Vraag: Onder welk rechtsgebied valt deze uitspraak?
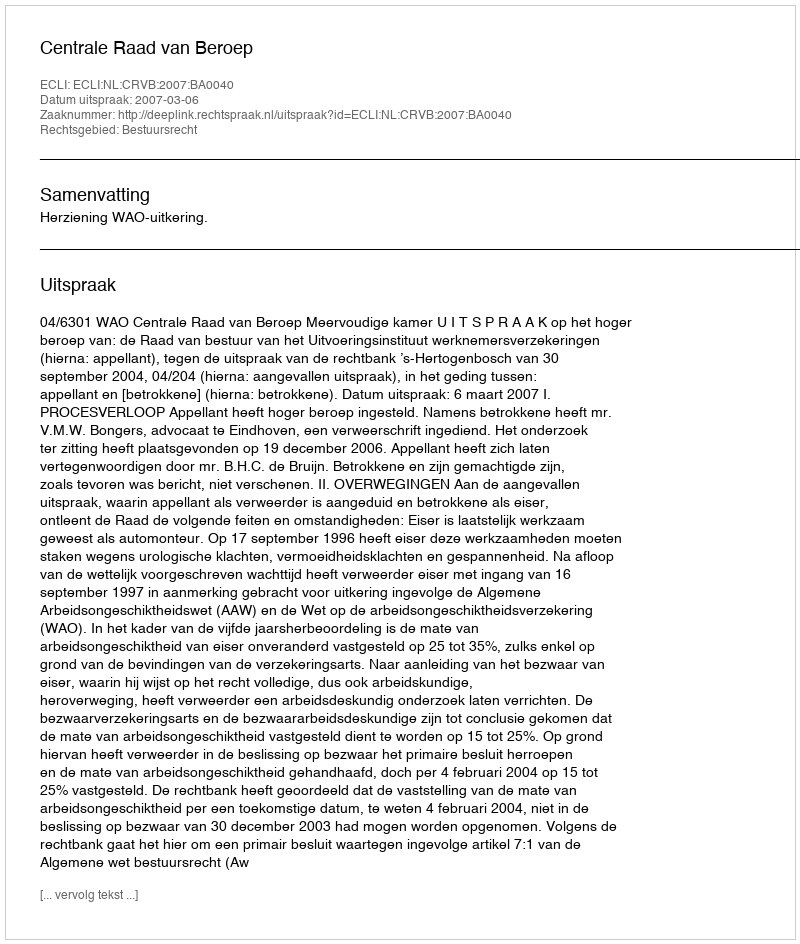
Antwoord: Bestuursrecht